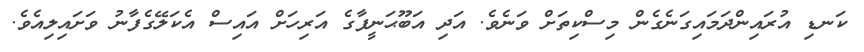
ކަނޑި އުރައިންދަމައިގަނެގެން މިސްކިތަށް ވަނެވެ. އަދި އަބޫޙަނީފާގެ އަރިހަށް އައިސް އެކަލޭގެފާނު ވަށައިލިއެވެ.